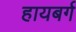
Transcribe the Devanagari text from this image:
हायबर्ग